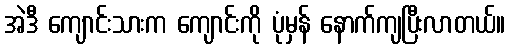
အဲဒီ ကျောင်းသားက ကျောင်းကို ပုံမှန် နောက်ကျပြီးလာတယ်။